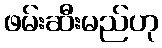
ဖမ်းဆီးမည်ဟု